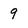
Character: 9